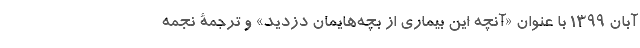
آبان ۱۳۹۹ با عنوان «آنچه این بیماری از بچه‌هایمان دزدید» و ترجمۀ نجمه